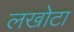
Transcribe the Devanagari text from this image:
लखोटा